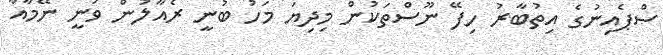
ސްޕެއިނުގެ އިތުބާރު ހިފޭ ނޫސްތަކުން މިދިޔަ މަހު ބުނީ ރެއާލުން ވަނީ ނޭމާއާ